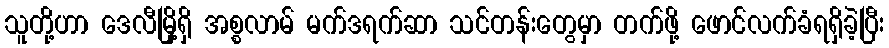
သူတို့ဟာ ဒေလီမြို့ရှိ အစ္စလာမ် မက်ဒရက်ဆာ သင်တန်းတွေမှာ တက်ဖို့ ဖောင်လက်ခံရရှိခဲ့ပြီး